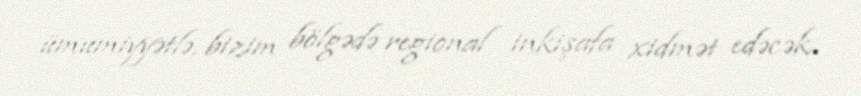
ümumiyyətlə, bizim bölgədə regional inkişafa xidmət edəcək.